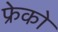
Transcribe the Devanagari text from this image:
फ्रेको